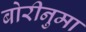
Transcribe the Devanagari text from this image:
बोरीनुमा